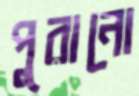
পুরানো